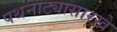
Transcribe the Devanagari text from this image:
पथनाट्यासारखे